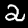
Digit: 2